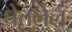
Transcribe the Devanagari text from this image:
घेतलेलं